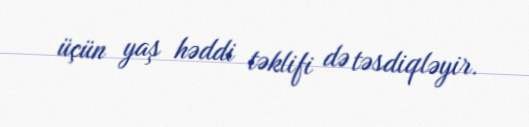
üçün yaş həddi təklifi də təsdiqləyir.